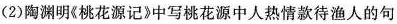
(2)陶渊明《桃花源记》中写桃花源中人热情款待渔人的句